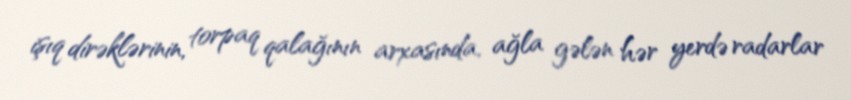
işıq dirəklərinin, torpaq qalağının arxasında, ağla gələn hər yerdə radarlar